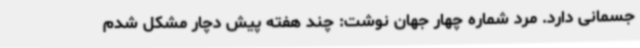
جسمانی دارد. مرد شماره چهار جهان نوشت: چند هفته پیش دچار مشکل شدم